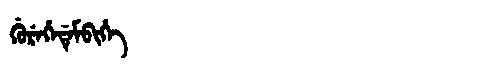
Manchu: ᡤᡠᡵᡝᡥᡝᡩᡝᠮᠪᡳᡥᡝ
Romanization: GUREHEDEMBIHE